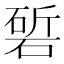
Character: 𮀰